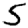
Digit: 5